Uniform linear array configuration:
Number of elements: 8
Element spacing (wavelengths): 0.25
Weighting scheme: blackman
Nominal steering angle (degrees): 60
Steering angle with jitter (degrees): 58.167
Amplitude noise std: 0.05
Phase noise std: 0.05

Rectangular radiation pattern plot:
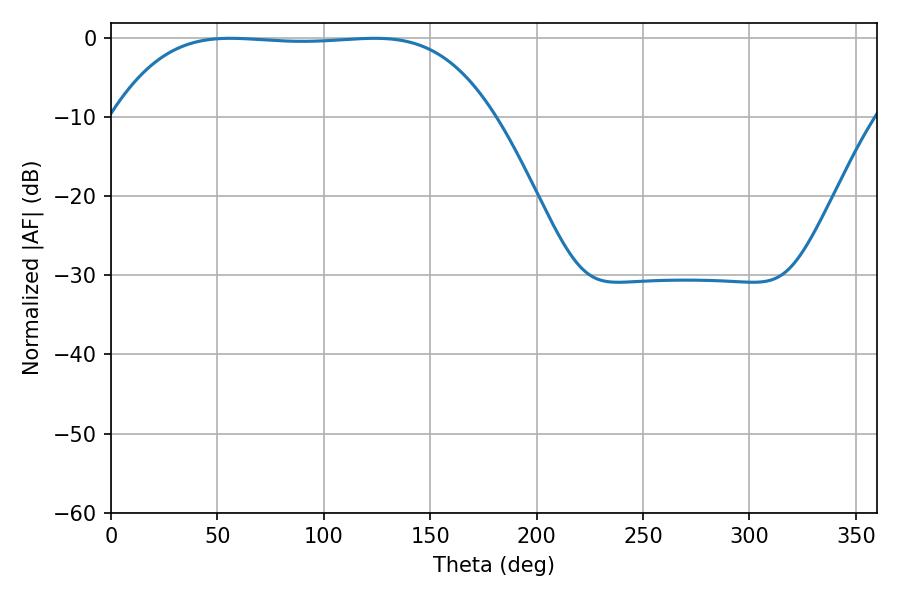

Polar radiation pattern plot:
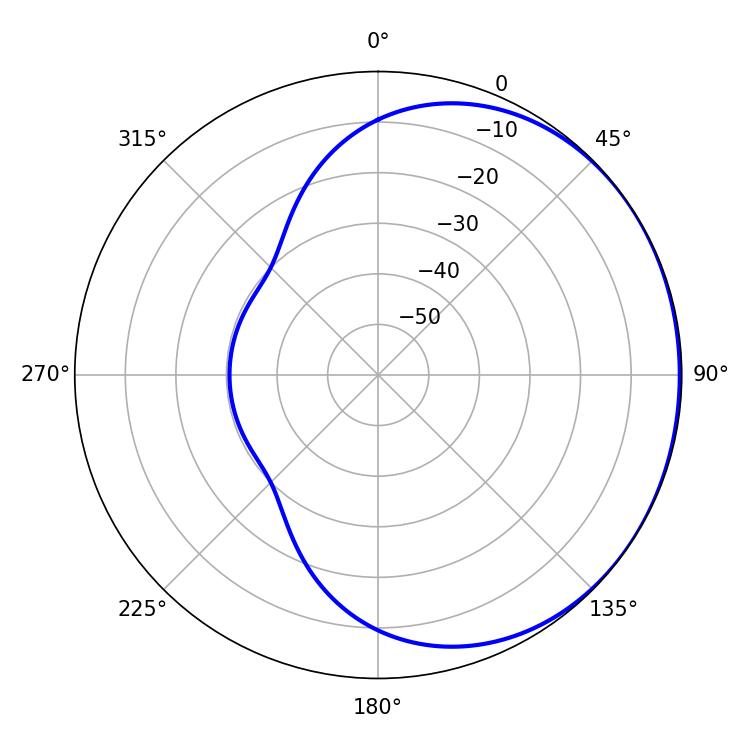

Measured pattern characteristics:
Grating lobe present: FALSE
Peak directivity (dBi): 0.5667
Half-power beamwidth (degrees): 138.24
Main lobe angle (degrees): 56.16